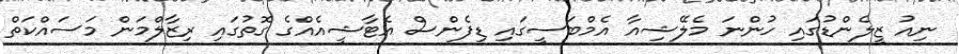
ނިއު ޒީލެންޑުގައި ހުންނަ މެލޭޝިއާ އެމްބަސީގައި ޑިފެންސް އެޓާޝީއެއްގެ ގޮތުގައި ރިޒާލްމަން މަސައްކަތް